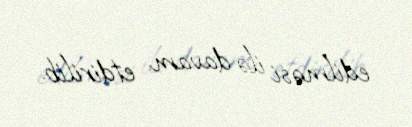
edilməsi ilə davam etdirilib.